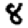
Digit: 8